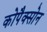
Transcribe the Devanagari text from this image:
कोपैक्सोन